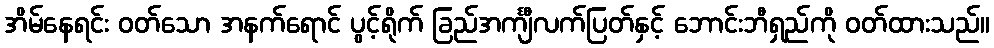
အိမ်နေရင်း ဝတ်သော အနက်ရောင် ပွင့်ရိုက် ခြည်အင်္ကျီလက်ပြတ်နှင့် ဘောင်းဘီရှည်ကို ဝတ်ထားသည်။